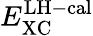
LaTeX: E_{\mathrm{XC}}^{\mathrm{LH-cal}}